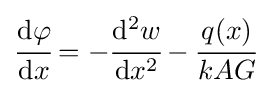
{\cfrac {\mathrm {d} \varphi }{\mathrm {d} x}}=-{\cfrac {\mathrm {d} ^{2}w}{\mathrm {d} x^{2}}}-{\cfrac {q(x)}{kAG}}